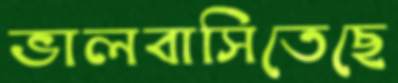
ভালবাসিতেছে